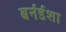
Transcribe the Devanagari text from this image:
बर्नर्डशा